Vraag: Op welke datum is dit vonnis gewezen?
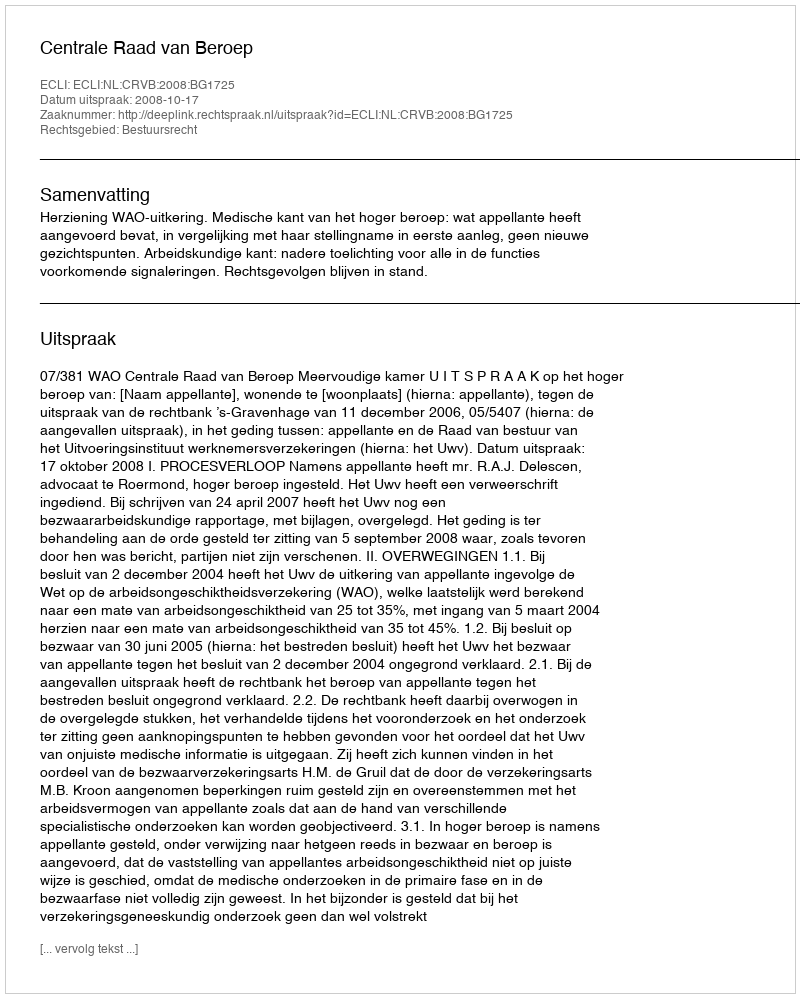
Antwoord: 2008-10-17